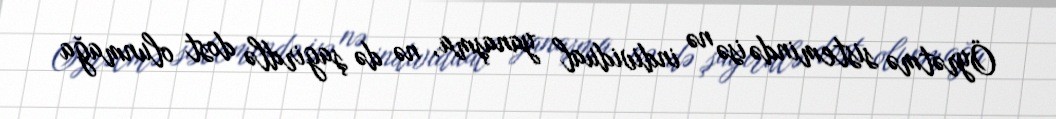
Öyrətmə sistemində isə nə individual yanaşma, nə də şagirdlə dost olunmağa